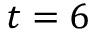
t = 6